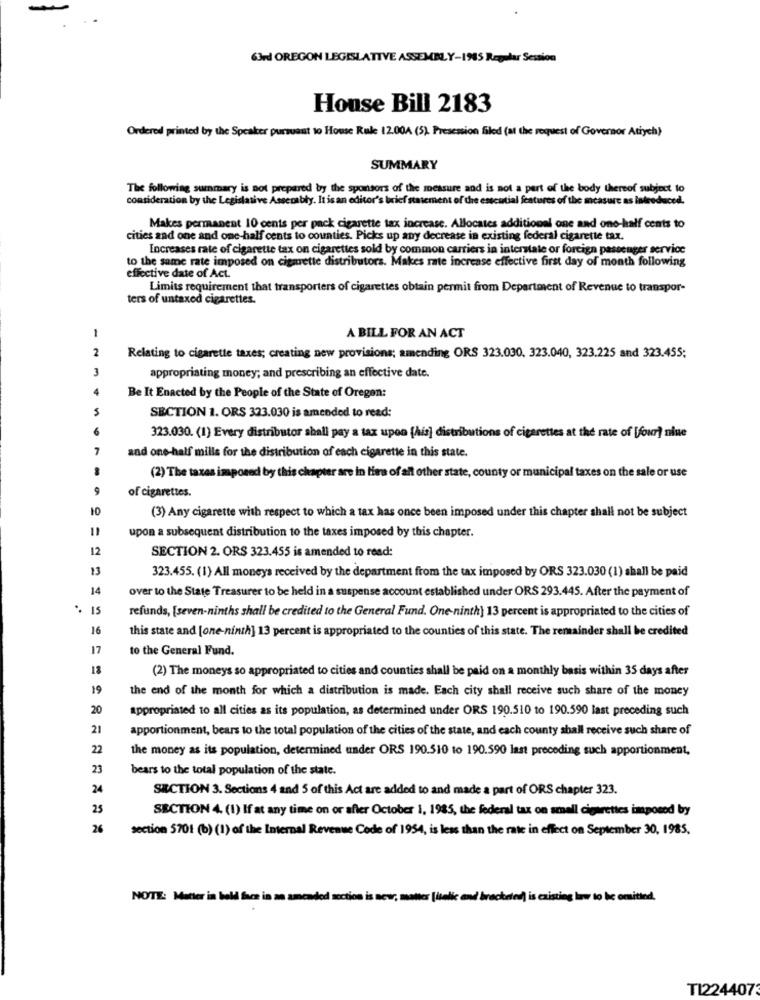
63rd OREGON LEGISLATIVE ASSEMBLY-1985 Regular Session
House Bill 2183
Ordered printed by the Speaker pursuant to House Rule 12.00A (5). Presession filed (at the request of Governor Atrych)
SUMMARY
The following summary is not prepared by the sponsors of the measure and is not a part of the body thereof subject to
consideration by the Legislative Assembly. It is an editor's brief statement of the estcutial features of the measure as introduced.
Makes permanent 10 cents per pack cigarette tax increase. Allocates additional one and one-half cents to
cities and one and one-half cents to counties. Picks up any decrease in existing federal cigarette tax.
Increases rate of cigarette tax on cigarettes sold by common carriers in interstate or foreign passenger service
to the same rate imposed on cigarette distributors. Makes rate increase effective first day of month following
effective date of Act.
Limits requirement that transporters of cigarettes obtain permit from Department of Revenue to transpor-
ters of untaxed cigarettes.
1
A BILL FOR AN ACT
2
Relating to cigarette taxes; creating new provisions; amending ORS 323.030, 323.040, 323.225 and 323.455;
3
appropriating money; and prescribing an effective date.
4
Be It Enacted by the People of the State of Oregon:
5
SECTION 1. ORS 323.030 is amended to read:
323.030. (1) Every distributor shall pay a tax upon [his] distributions of cigarettes at the rate of [four? nine
7
and one-half mills for the distribution of each cigarette in this state.
(2) The taxes imposed by this chapter are in time of all other state, county or municipal taxes on the sale or use
9
of cigarettes.
10
(3) Any cigarette with respect to which a tax has once been imposed under this chapter shall not be subject
=
upon a subsequent distribution to the taxes imposed by this chapter.
12
SECTION 2. ORS 323.455 is amended to read:
13
323.455. (1) All moneys received by the department from the tax imposed by ORS 323.030 (1) shall be paid
14
over to the State Treasurer to be held in a suspense account established under ORS 293.445. After the payment of
.. 15
refunds, [seven-ninths shall be credited to the General Fund. One-ninth) 13 percent is appropriated to the cities of
16
this state and [one-ninth] 13 percent is appropriated to the counties of this state. The remainder shall be credited
17
to the General Fund.
18
(2) The moneys so appropriated to cities and counties shall be paid on a monthly basis within 35 days after
19
the end of the month for which a distribution is made. Each city shall receive such share of the money
20
appropriated to all cities as its population, as determined under ORS 190.510 to 190.590 last preceding such
21
apportionment, bears to the total population of the cities of the state, and each county shall receive such share of
22
the money as its population, determined under ORS 190.510 to 190.590 last preceding such apportionment,
23
bears to the total population of the state.
24
SECTION 3. Sections 4 and 5 of this Act are added to and made a part of ORS chapter 323.
25
SECTION 4. (1) If at any time on or afler October 1, 1985, the federal tax on smell cigarettes imposed by
26
section 5701 (b) (1) of the Internal Revenue Code of 1954, is less than the rate in effect on September 30, 1985.
NOTE: Matter in bold face in an amended secti
og law to be omitted.
T1224407